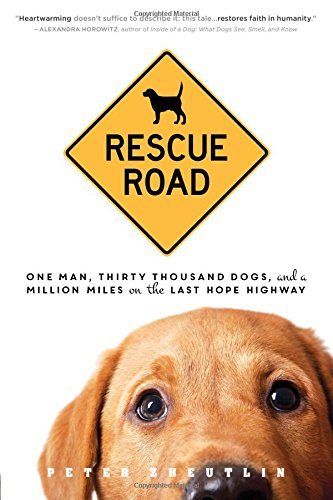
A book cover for Rescue Road: One Man, Thirty Thousand Dogs, and a Million Miles on the Last Hope Highway; Peter Zheutlin; Crafts, Hobbies & Home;